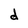
Character: d